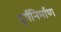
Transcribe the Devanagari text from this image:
दुर्गनिर्माण